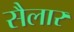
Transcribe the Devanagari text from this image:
सैलार